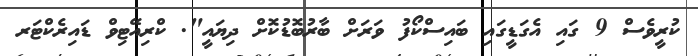
ކުރީވެސް 9 ގައި އެގަޑީގައި ބައިސްކޯފު ވަރަށް ބާރުބޮޑުކޮށް ދިޔައީ". ކްރިއޭޓިވް ޑައިރެކްޓަރ